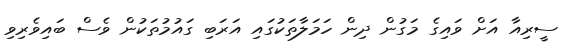
ސީރިއާ އަށް ވައިގެ މަގުން ދިން ހަމަލާތަކުގައި އަރަބި ގައުމުތަކުުން ވެސް ބައިވެރިވި